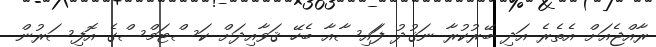
ރާއްޖެއަށް އެތެރެ އަދި ބޭރުކުރާ ނަޤުދު ފަައިސާއާ ބެހޭ ޤަވާއިދަށް ކަސްޓަމްސްގެ އޮފިސަރުން